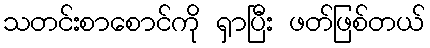
သတင်းစာစောင်ကို ရှာပြီး ဖတ်ဖြစ်တယ်